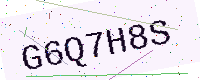
Text: G6Q7H8S